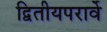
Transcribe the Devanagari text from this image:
द्वितीयपरार्वे